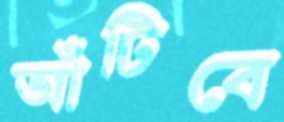
আঁটিবে